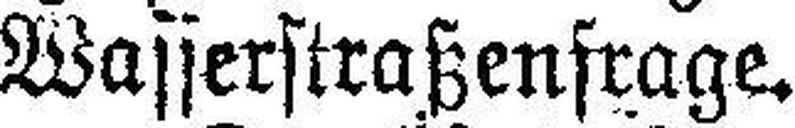
Wasserstraßenfrage.